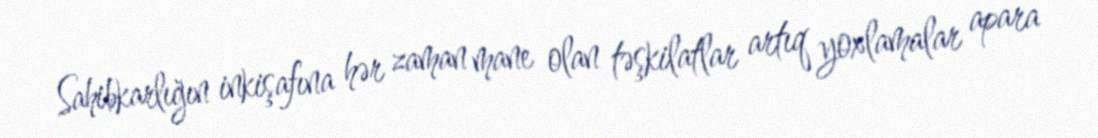
Sahibkarlığın inkişafına hər zaman mane olan təşkilatlar artıq yoxlamalar apara